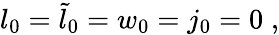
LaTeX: l_{0}={\tilde{l}}_{0}=w_{0}=j_{0}=0\; ,